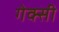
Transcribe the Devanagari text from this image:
गेक्सी